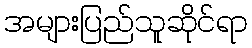
အများပြည်သူဆိုင်ရာ